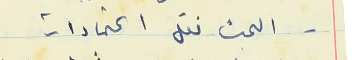
- البحث نقل اعتمادات